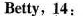
Betty，14: